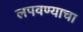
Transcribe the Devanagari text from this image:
लपवण्याचा